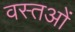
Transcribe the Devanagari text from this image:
वस्‍तओं